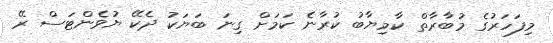
މިފަހަރުގެ މުބާރާތް ކާމިޔާބު ކުރާނެ ކަމަށް ގިނަ ބަޔަކު ދެކޭ ޔުވެންޓަސް ރޭ